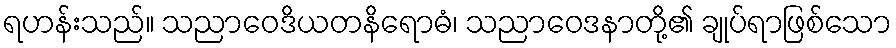
ရဟန်းသည်။ သညာဝေဒိယတနိရောဓံ၊ သညာဝေဒနာတို့၏ ချုပ်ရာဖြစ်သော